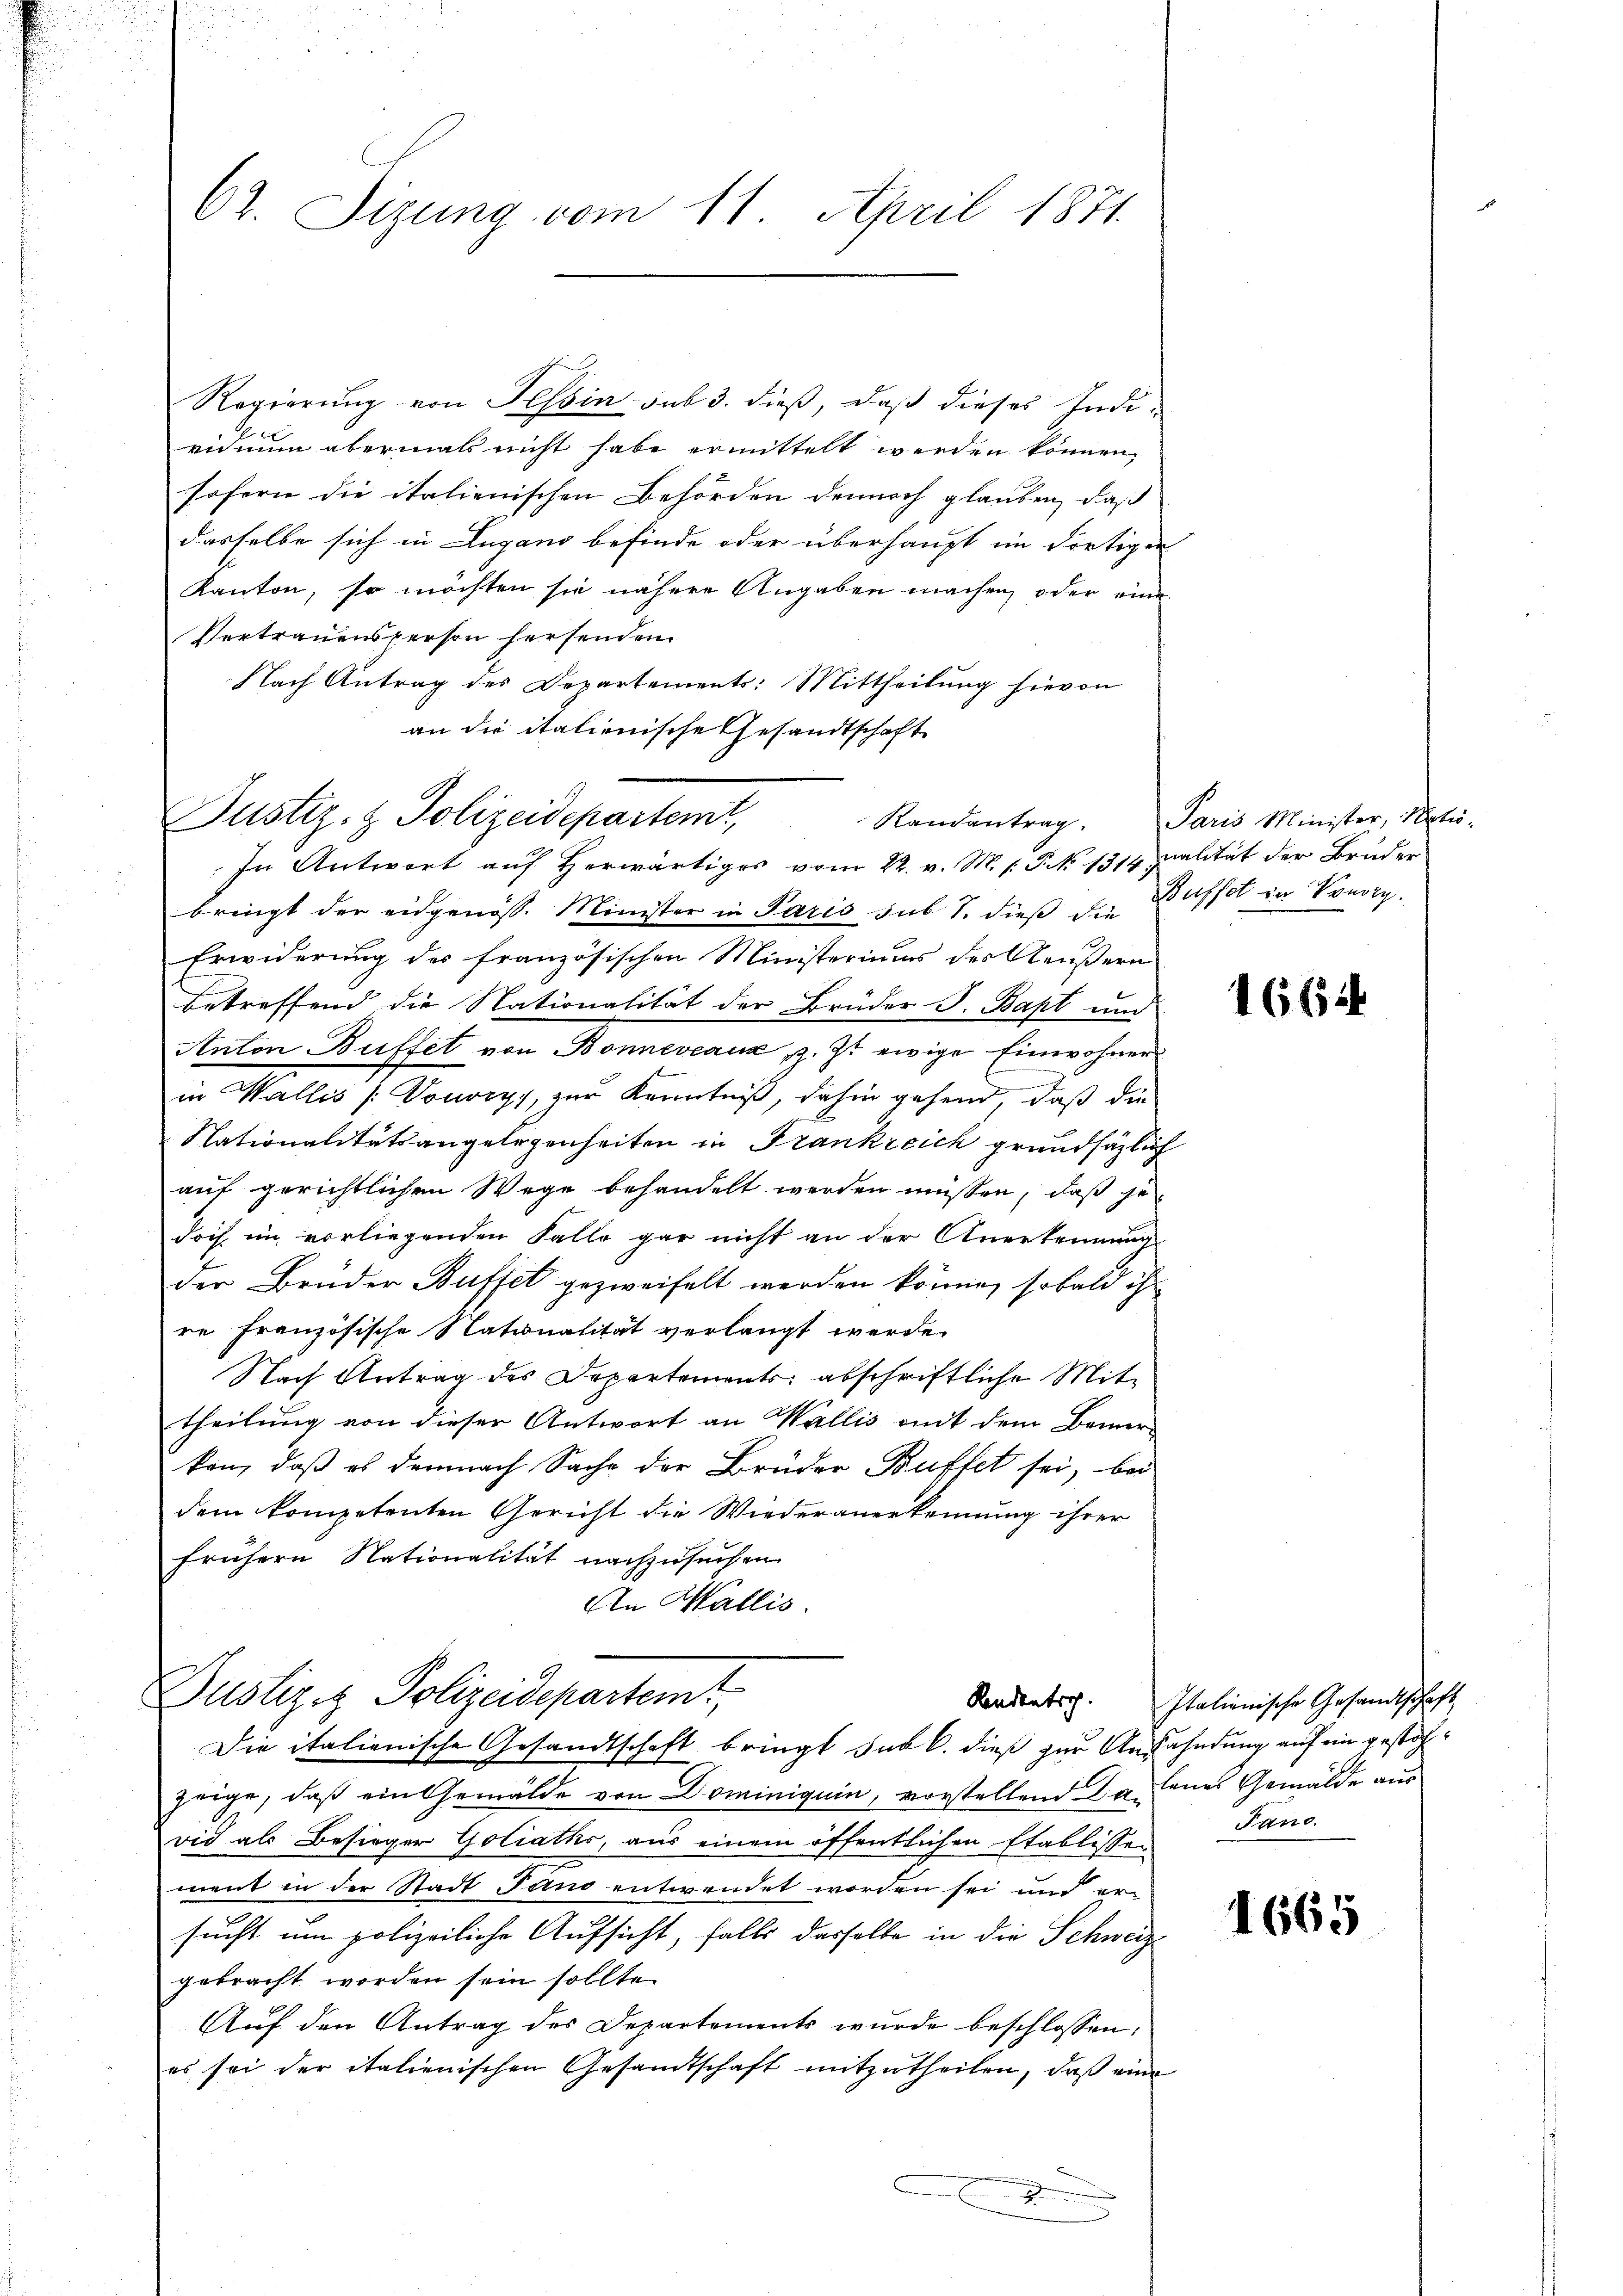
Regierung von Tessin sub 3. dieß, daß dieses Indivicium abermals nicht habe ermittelt werden können,
sofern die italienischen Behörden dennoch glauben, daß
dasselbe sich in Lugano befinde oder überhaupt im dortigen
Kanton, so möchten sie nähere Angaben machen, oder eine
Vertrauensperson hersenden.
Nach Antrag des Departements: Mittheilung hievon
an die italienische Gesandtschaft

62. Sizung vom 11. April 1871.

Justiz- & Polizeidepartemt,
In Antwort auf Herwärtiges vom 22. v. M. s. P. No 1314 palität der Bruder

bringt der eidgenöss. Minister in Paris sub 7. dieß die Bassel in Predig
Erwiderung des französischen Ministeriums des Aeußern
betreffend die Nationalität der Brüder J. Bapt und
Anton Briffet von Bonneveaux, z. Zt. ewige Einwohner
n
in Wallis (: Vouvry, zur Kenntniß, dahin gehend, daß die
Nationalitätsangelegenheiten in Frankreich grundsätzlich
auf gerichtlichen Wege behandelt werden müssen, daß jedoch im vorliegenden Falle gar nicht an der Anerkennung
1.
der Brüder Buffet gezweifelt werden könne, sobald ih
re französische Nationalität verlangt werde.
Nach Antrag des Departements abschriftliche Mittheilung von dieser Antwort an Wallis mit dem Bemerken, daß es demnach Sache der Brüder Buffet sei, bei
dem kompetenten Gericht die Wiederanerkennung ihrer
frühern Nationalität nachzusuchen
An Wallis.

Justiziz Polizeidepartemt,
Kandentrich.
Die italienische Gesandtschaft bringt sub 6. dieß zur Anfahndung auf ein gestoh¬

zeige, daß ein Gemälde von Dominiguin, vorstellend da denes Gemälde aus
vid als Besieger Goliaths, aus einem öffentlichen Etablissen
ment in der Stadt Jano entwendet worden sei und ersucht um polizeiliche Aufsicht, falls dasselbe in die Schweiz
gebracht worden sein sollte.
Auf den Antrag des Departements wurde beschlossen:
es sei der italienischen Gesandtschaft mitzutheilen, daß eine
.

Randantrag. Paris Minister, Natio-

166

Italienische Gesandtschaft
Pano.

1665